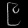
Digit: ၉